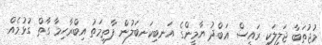
މުޖުތަބާ ޖަލީލަކީ ރައީސް އަބްދު ޔާމީންގެ އަނބިކަނބަލުން ފާތިމަތު އިބްރާހިމާ ގާތް ގުޅުމެއް